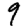
Digit: 9